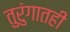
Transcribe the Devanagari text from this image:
तुरुंगातही